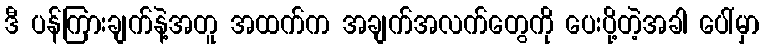
ဒီ ပန်ကြားချက်နဲ့အတူ အထက်က အချက်အလက်တွေကို ပေးပို့တဲ့အခါ ပေါ်မှာ